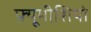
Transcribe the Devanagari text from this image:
फ़्यूमीशियो